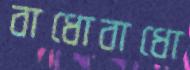
বাধোবাধো